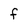
Character: f